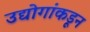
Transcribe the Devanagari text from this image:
उद्योगांकडून